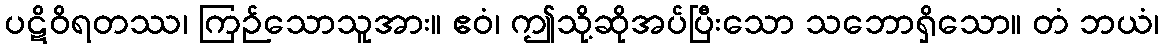
ပဋိဝိရတဿ၊ ကြဉ်သောသူအား။ ဧဝံ၊ ဤသို့ဆိုအပ်ပြီးသော သဘောရှိသော။ တံ ဘယံ၊